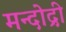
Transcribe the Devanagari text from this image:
मन्दोद्री